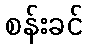
စန်းခင်